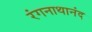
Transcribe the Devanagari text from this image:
रंगनाथानंद